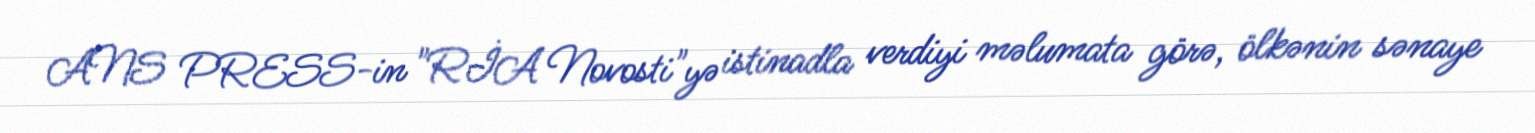
ANS PRESS-in "RİA Novosti"yə istinadla verdiyi məlumata görə, ölkənin sənaye